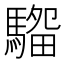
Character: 𱄭